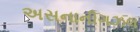
અસનાનીગઝલ